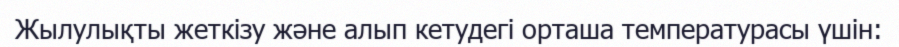
Жылулықты жеткізу және алып кетудегі орташа температурасы үшін: